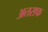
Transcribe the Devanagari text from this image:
अतराफ